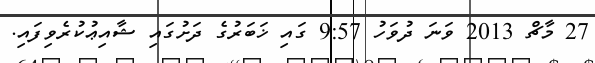
27 މާޗް 2013 ވަނަ ދުވަހު 9:57 ގައި ޚަބަރުގެ ދަށުގައި ޝާއިޢުކުރެވިފައި.